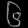
Digit: ၆